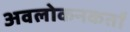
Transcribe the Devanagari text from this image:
अवलोकनकर्ता